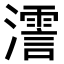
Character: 𤁳